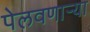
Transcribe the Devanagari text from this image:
पेलवणार्‍या